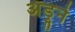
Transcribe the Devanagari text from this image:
अँड्रूने